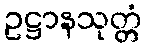
ဥဋ္ဌာနသုတ္တံ